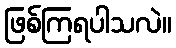
ဖြစ်ကြရပါသလဲ။